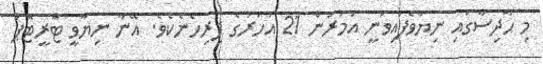
މި ހާދިސާގައި ނިޔާވެފައިވަނީ އުމުރުން 21 އަހަރުގެ ފިރިހެނެކެވެ. އޭނާ ނިޔާވީ ޓްރީޓޮޕް